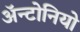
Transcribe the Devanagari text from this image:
ॲन्टोनियो